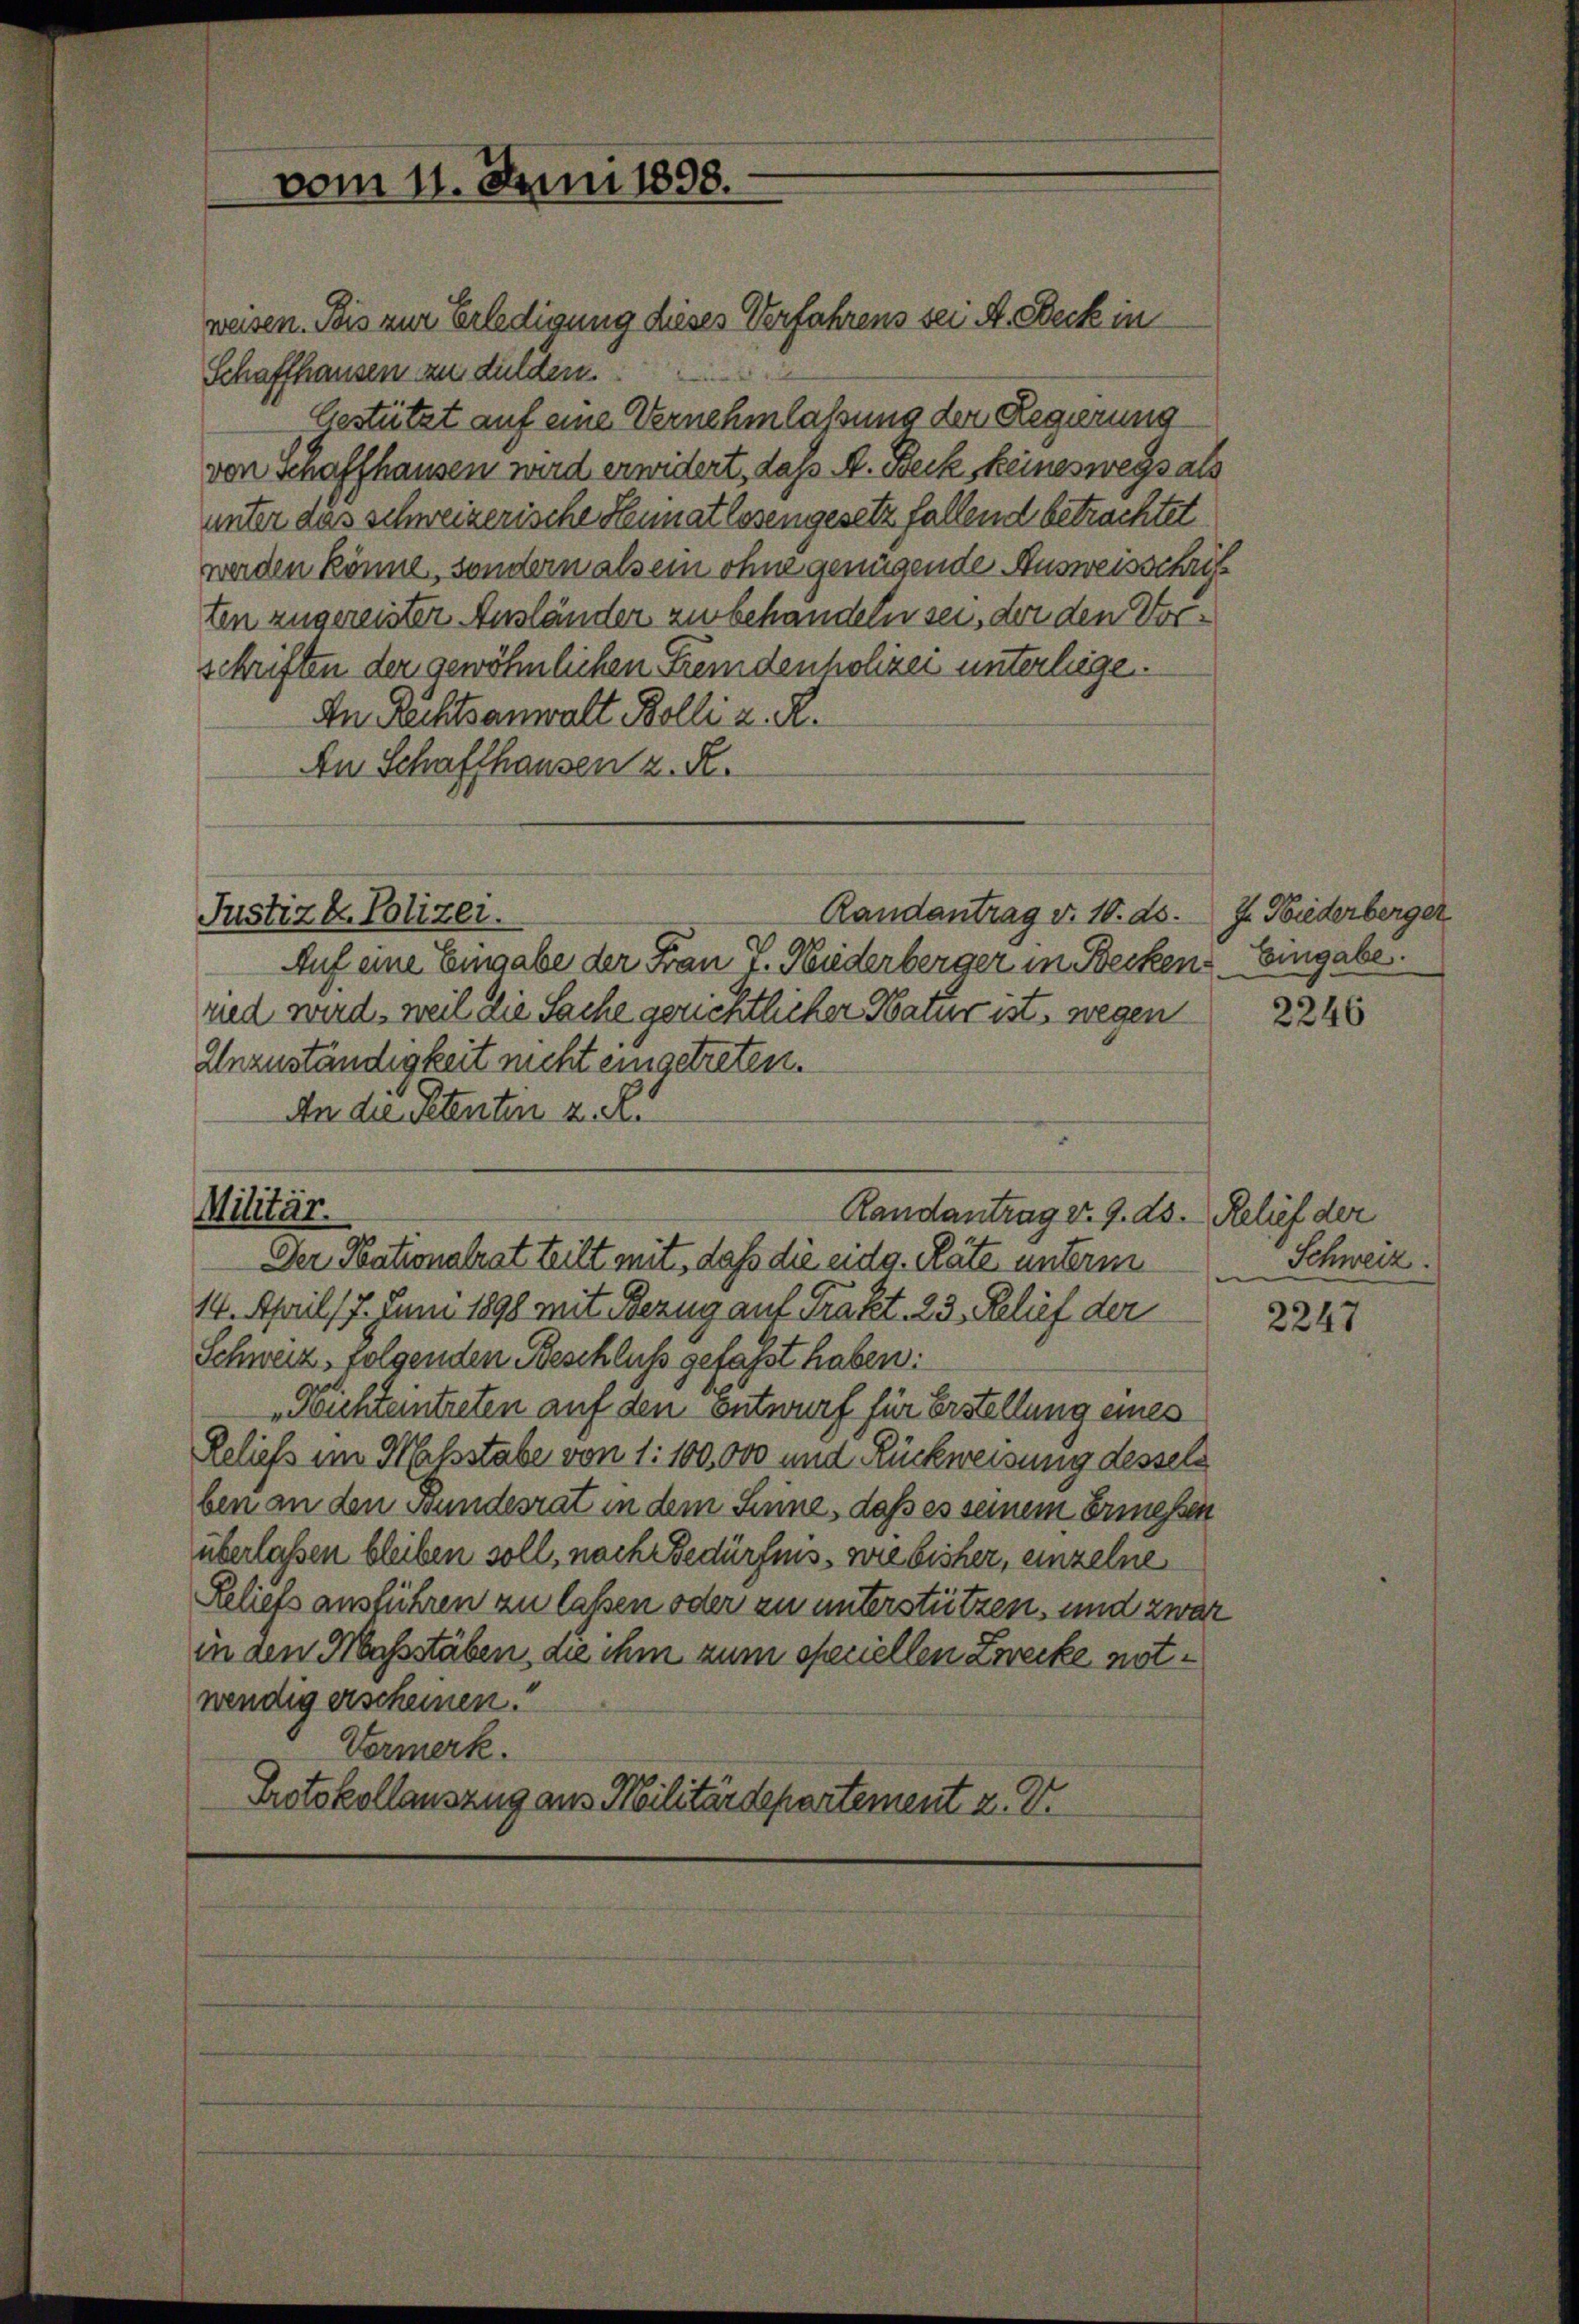
vom 11. Juni 1898.

weisen. Seis zur Erledigung dieses Verfahrens sei A. Becke in
Schaffhausen zu dulden.
Gestützt auf eine Vernehmlassung der Regierung
von Schaffhausen wird erwidert, das A. Beck, keineswegs als
unter das schweizerische Heimatlosengesetz fallend betrachtet
werden könne, sondern als ein ohne genügende Ausweisschrift
ten zugereister Ausländer zu behandeln sei, der den Vorschriften der gewöhnlichen Fremdenpolizei unterliege
An Rechtsanwalt Bolli u. R.
An Schaffhausen z. R.
Auf eine Eingabe der Frau T. Niderberger in Becken
ried wird, weil die Sache gerichtlicher Mauer ist, wegen
Unzuständigkeit nicht eingetreten.
An die Petenten z. R.
Militär.
Randantrag v. 9. ds. Relief der
Der Nationalrat teilt mit, daß die eidg. Räte unterm
14. April 17. Juni 1898 mit Bezug auf Trakt. 23. Relief der
Schweiz, folgenden Beschluß gefasst haben:
achtentreten auf den Entwurf für Erstellung eines
Reliefs im Hassstabe von 1: 100,000 und Rückweisung desselb
ben an den Gundesrat in dem Sinne, daß es seinem Ermessen
überlassen bleiben soll, nach Bedürfnis, wie bisher, einzelne
Reliefs ausführen zu laßen oder zu unterstützen, und zwar
in den Massstaben, an ihm zum speciellen Zwecke notwendig erscheinen.
Vormerk.
Protokollauszug aus Militärdepartement z. V.

Justizk. Polizei.

Randantrag v. 10. ds.

J. Wiederberger
Eingabe.

2246

Schweiz.

2247